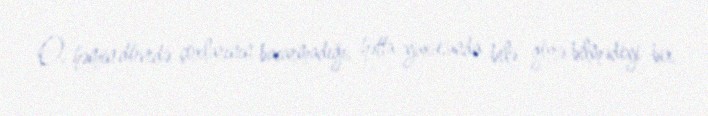
O, həmin dövrdə çoxlarının bacarmadığı, hətta yuxusunda belə görə bilmədiyi bir